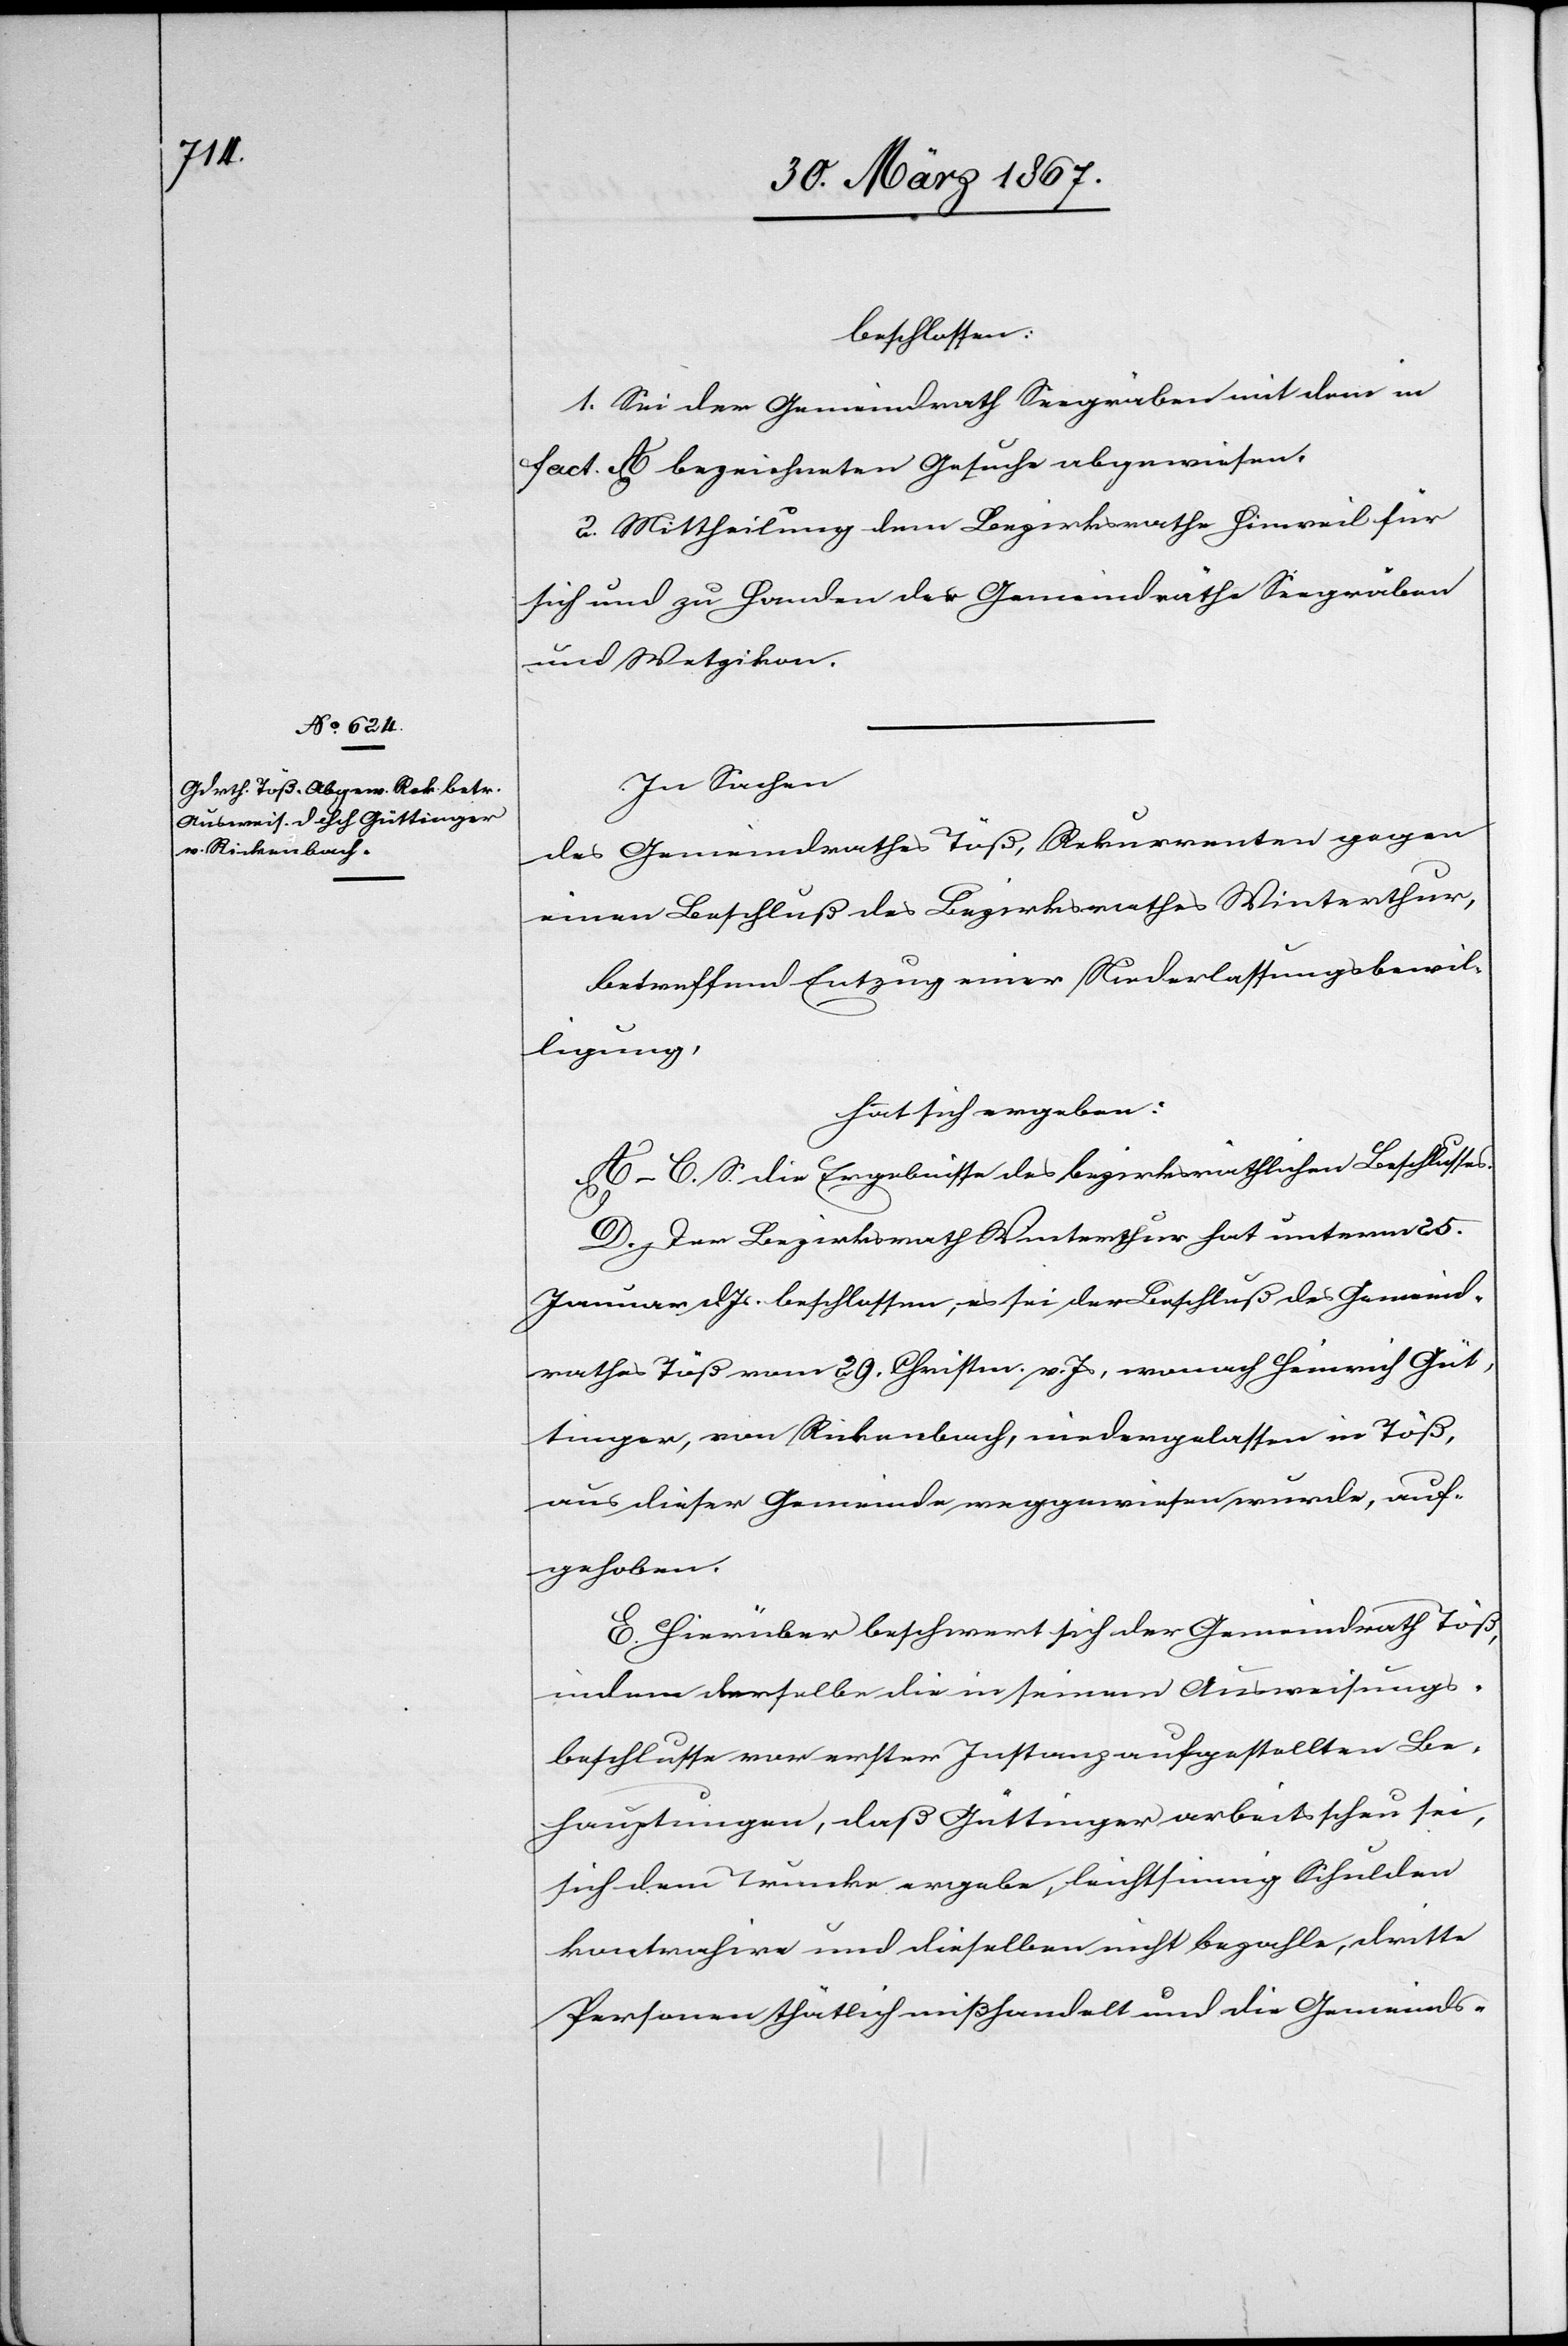
beschlossen:
1. Sei der Gemeindrath Seegräben mit dem in
fact. A bezeichneten Gesuche abgewiesen.
2. Mittheilung dem Bezirksrathe Hinweil für
sich und zu Handen der Gemeindräthe Seegräben
und Wetzikon.
In Sachen
des Gemeindrathes Töß, Rekurrenten gegen
einen Beschluß des Bezirksrathes Winterthur,
betreffend Entzug einer Niederlassungsbewil¬
ligung,
hat sich ergeben:
A–C. S. die Ergebnisse des bezirksräthlichen Beschlusses.
D. Der Bezirksrath Winterthur hat unterm 25.
Januar d. Js beschlossen, es sei der Beschluß des Gemeind¬
rathes Töß vom 29. Christm. v Js, wonach Heinrich Güt¬
tinger, von Rickenbach, niedergelassen in Töß,
aus dieser Gemeinde weggewiesen wurde, auf¬
gehoben.
E. Hierüber beschwert sich der Gemeindrath Töß,
indem derselbe die in seinem Ausweisungs¬
beschlusse vor erster Instanz aufgestellten Be¬
hauptungen, daß Güttinger arbeitsscheu sei,
sich dem Truncke ergebe, leichtsinnig Schulden
kontrahire und dieselben nicht bezahle, dritte
Personen thätlich mißhandelt und die Gemeinds-